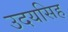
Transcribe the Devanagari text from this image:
उदयसिह